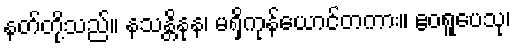
နတ်တို့သည်။ နသန္တိနုန၊ မရှိကုန်ယောင်တကား။ ဧဝရူပေသု၊